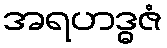
အရဟဒ္ဓဇံ